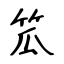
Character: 笟